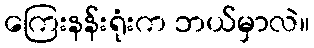
ကြေးနန်းရုံးက ဘယ်မှာလဲ။